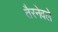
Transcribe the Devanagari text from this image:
तैरनेवले